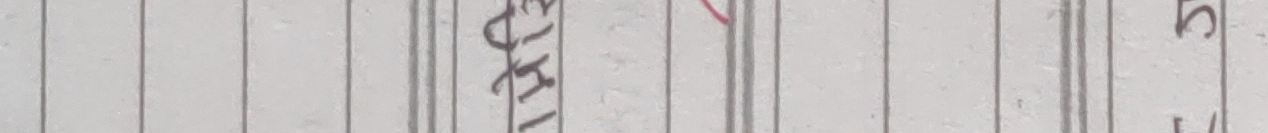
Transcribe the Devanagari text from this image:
१५K।